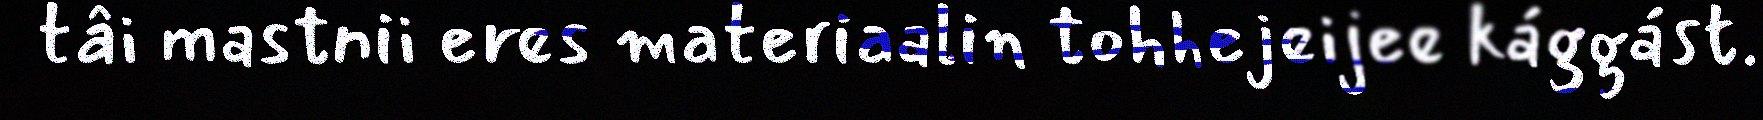
tâi mastnii eres materiaalin tohhejeijee kággást.